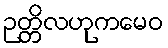
ဉတ္တိလဟုကမေဝ